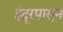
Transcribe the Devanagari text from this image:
इंदूरपासून